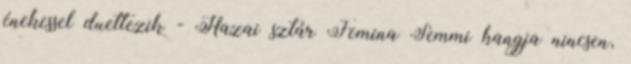
énekessel duettezik - Hazai sztár Femina Semmi hangja nincsen,